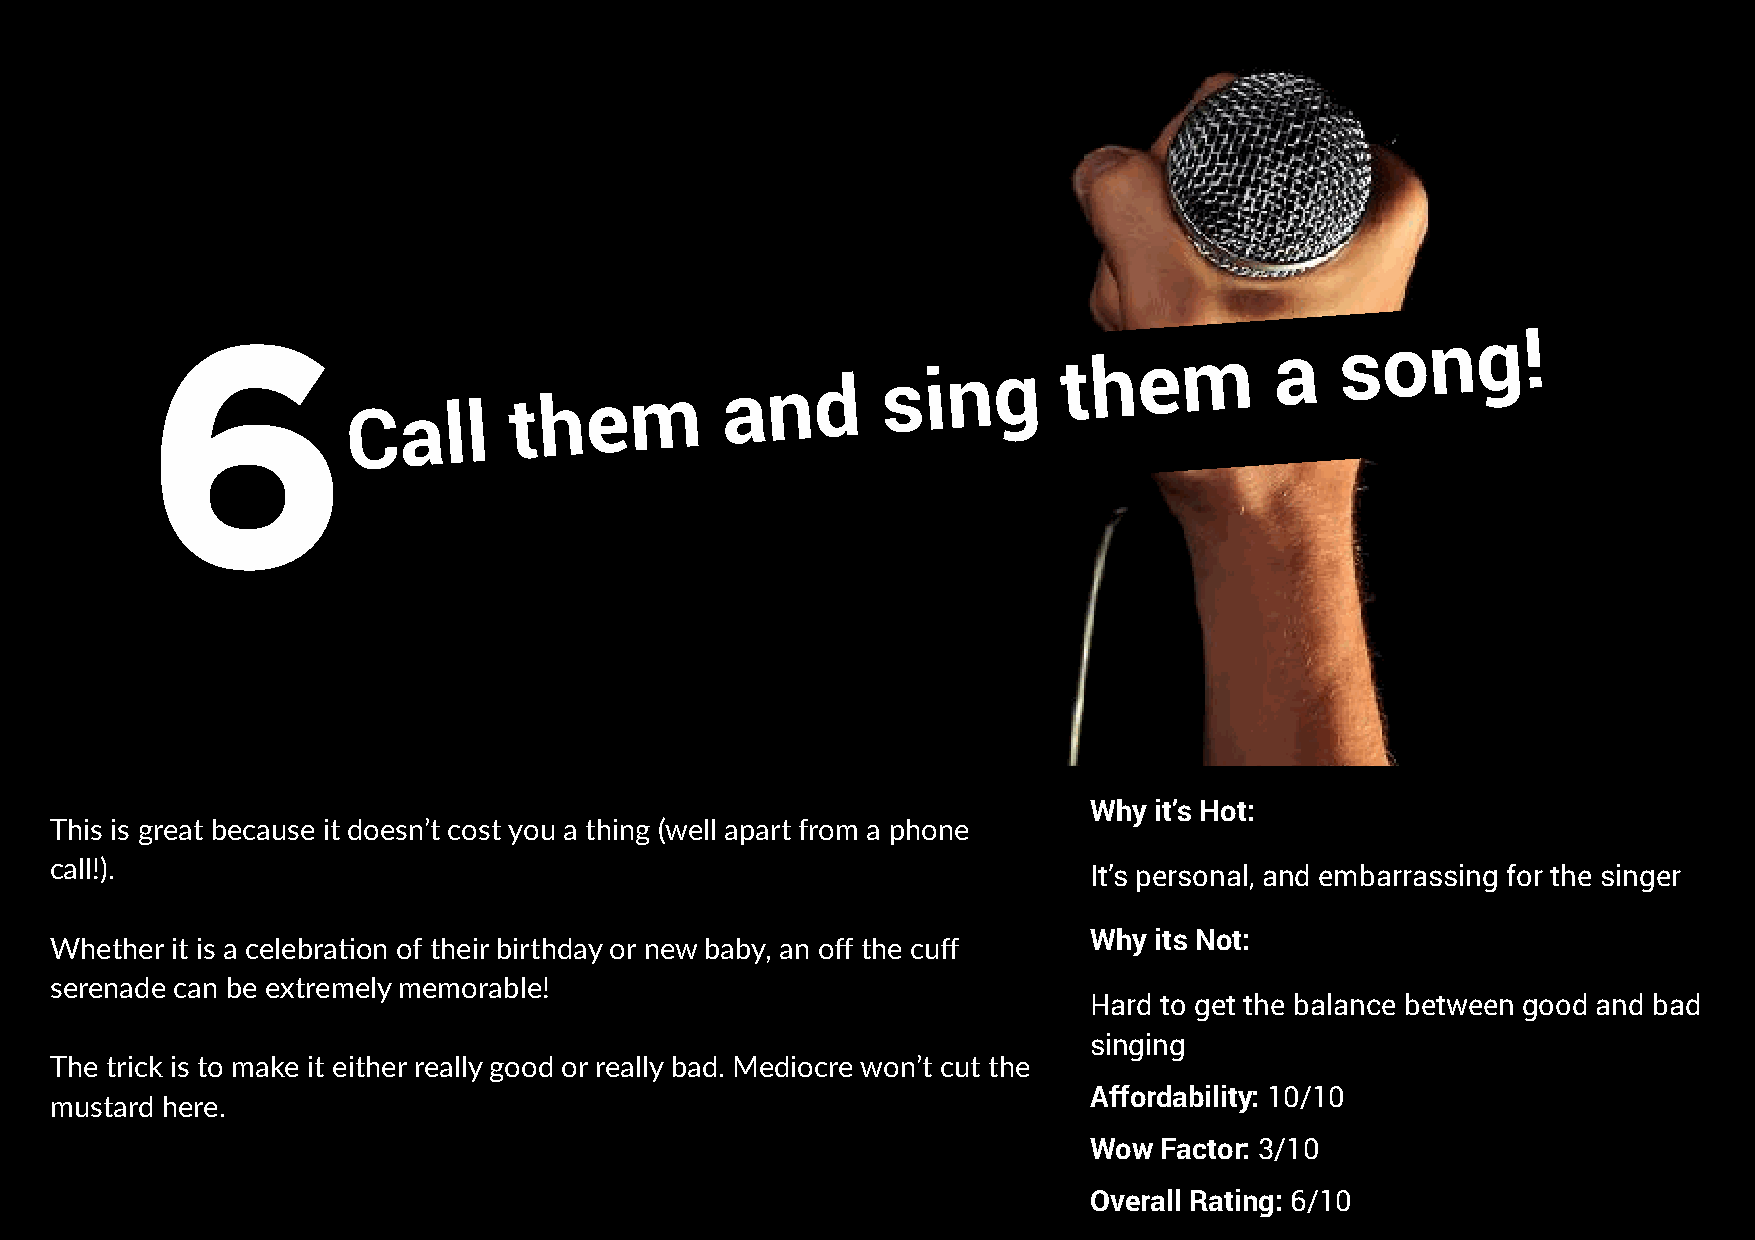
6
 Call
 them
 and
 sing
 them           a
 song!
 Why it’s Hot:
 This is great because it doesn’t cost you a thing (well apart from a phone
 call!).
 It’s personal, and embarrassing for the singer
 Why its Not:
 Whether it is a celebra!on of their birthday or new baby, an off the cuff
 serenade can be extremely memorable!
 Hard to get the balance between good and bad
 singing
 The trick is to make it either really good or really bad. Mediocre won’t cut the
 Affordability: 10/10
 mustard here.
 Wow  Factor: 3/10
 Overall Rating: 6/10